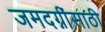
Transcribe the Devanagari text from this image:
जमदग्नींसाठी